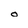
Character: o